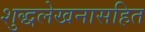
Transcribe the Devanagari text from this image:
शुद्धलेखनासहित